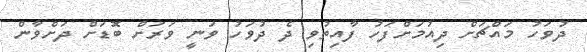
ދުވަހު މައްޗަށް ދިއުމަށްފަހު ފާއިތުވި ދެ ދުވަހު ވަނީ ވަރަށް ބޮޑަށް ދަށްވާން